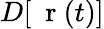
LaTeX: D[\mathrm{~\mathbf~r~}(t)]